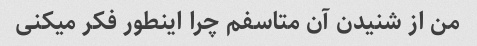
من از شنیدن آن متاسفم چرا اینطور فکر میکنی